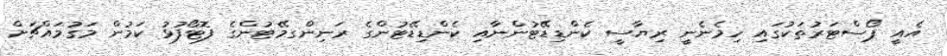
އެއީ ޕޯސްޓަރުތަކުގައި ހިމެނެނީ ރިޔާސީ ކެންޑިޑޭޓުންނާއި ކެންޑިޑޭޓުންގެ ރަނިންގމޭޓުންގެ ފޮޓޯފުޅު ކަމުން މަގުމައްޗަށް